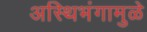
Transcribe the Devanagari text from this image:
अस्थिभंगामुळे